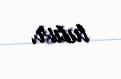
tutur.